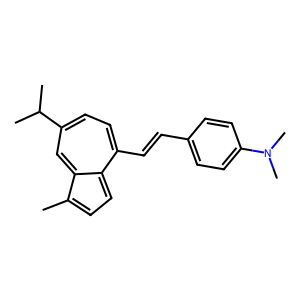
SMILES: Cc1ccc2c(C=Cc3ccc(N(C)C)cc3)ccc(C(C)C)cc1-2
Inhibits HIV replication: No